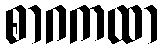
စာဂကထာ